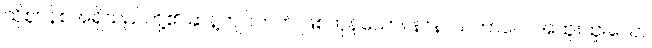
ထိုဈာန်စအရှိသည်တို့၏ ဆန့်ကျင်ဘက် ဖြစ်ကုန်သော။ နာနာသဘာဝေ။ အထူးထူးသော